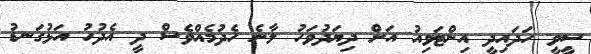
ސީވީ ހަދައިދީ އިންޓަވިއު އަށް ދިޔަދުވަހު ލާނެ ހެދުމެއްވެސް ދީ އެދުުހު އަޅުގަނޑު